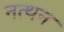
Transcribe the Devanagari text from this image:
नत्थन